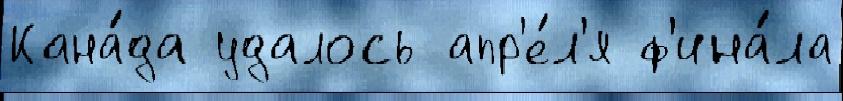
Кана́да удалось апр'е́л'я ф'ина́ла